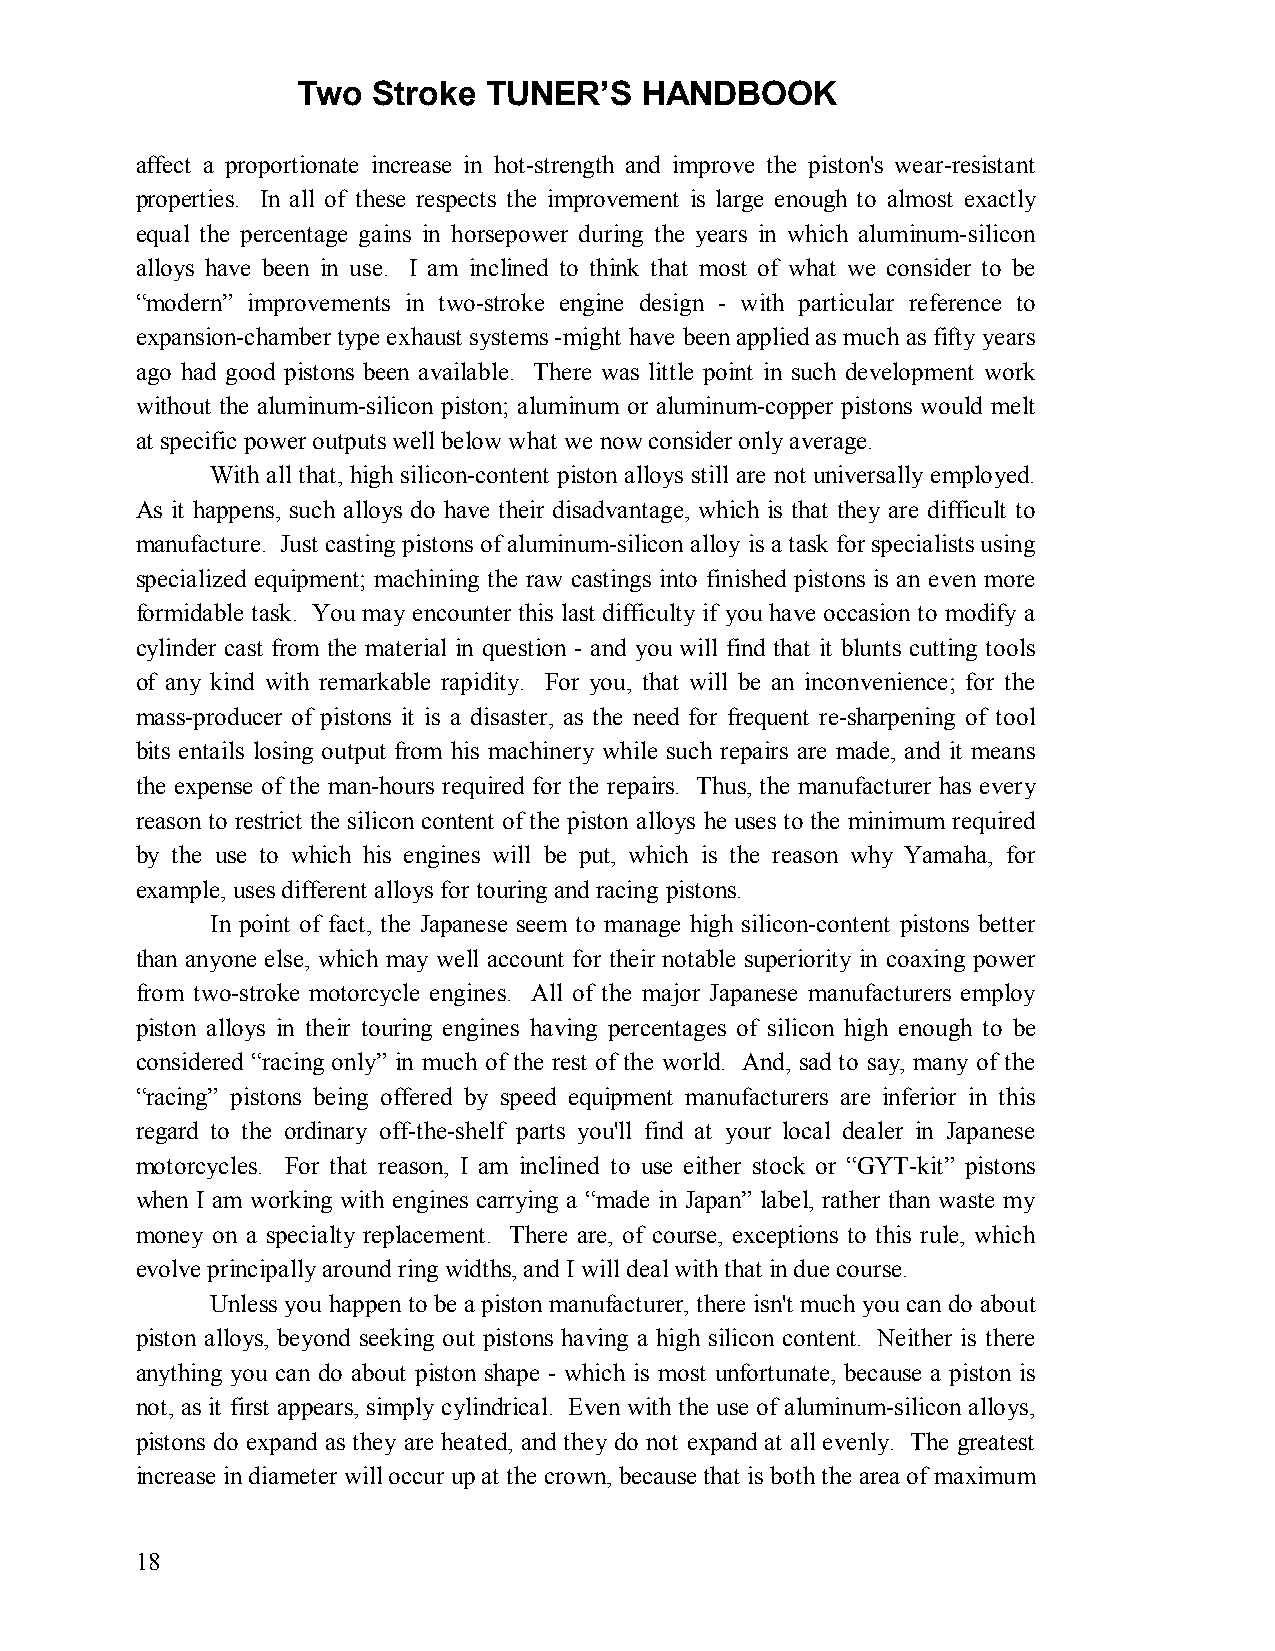
Two  Stroke TUNER’S   HANDBOOK
 affect a proportionate increase in hot-strength and improve the piston's wear-resistant
 properties. In all of these respects the improvement is large enough to almost exactly
 equal the percentage gains in horsepower during the years in which aluminum-silicon
 alloys have been in use. I am inclined to think that most of what we consider to be
 “modern” improvements in two-stroke engine design - with particular reference to
 expansion-chamber type exhaust systems -might have been applied as much as fifty years
 ago had good pistons been available. There was little point in such development work
 without the aluminum-silicon piston; aluminum or aluminum-copper pistons would melt
 at specific power outputs well below what we now consider only average.
 With all that, high silicon-content piston alloys still are not universally employed.
 As it happens, such alloys do have their disadvantage, which is that they are difficult to
 manufacture. Just casting pistons of aluminum-silicon alloy is a task for specialists using
 specialized equipment; machining the raw castings into finished pistons is an even more
 formidable task. You may encounter this last difficulty if you have occasion to modify a
 cylinder cast from the material in question - and you will find that it blunts cutting tools
 of any kind with remarkable rapidity. For you, that will be an inconvenience; for the
 mass-producer of pistons it is a disaster, as the need for frequent re-sharpening of tool
 bits entails losing output from his machinery while such repairs are made, and it means
 the expense of the man-hours required for the repairs. Thus, the manufacturer has every
 reason to restrict the silicon content of the piston alloys he uses to the minimum required
 by the use to which his engines will be put, which is the reason why Yamaha, for
 example, uses different alloys for touring and racing pistons.
 In point of fact, the Japanese seem to manage high silicon-content pistons better
 than anyone else, which may well account for their notable superiority in coaxing power
 from two-stroke motorcycle engines. All of the major Japanese manufacturers employ
 piston alloys in their touring engines having percentages of silicon high enough to be
 considered “racing only” in much of the rest of the world. And, sad to say, many of the
 “racing” pistons being offered by speed equipment manufacturers are inferior in this
 regard to the ordinary off-the-shelf parts you'll find at your local dealer in Japanese
 motorcycles. For that reason, I am inclined to use either stock or “GYT-kit” pistons
 when I am working with engines carrying a “made in Japan” label, rather than waste my
 money on a specialty replacement. There are, of course, exceptions to this rule, which
 evolve principally around ring widths, and I will deal with that in due course.
 Unless you happen to be a piston manufacturer, there isn't much you can do about
 piston alloys, beyond seeking out pistons having a high silicon content. Neither is there
 anything you can do about piston shape - which is most unfortunate, because a piston is
 not, as it first appears, simply cylindrical. Even with the use of aluminum-silicon alloys,
 pistons do expand as they are heated, and they do not expand at all evenly. The greatest
 increase in diameter will occur up at the crown, because that is both the area of maximum
 18